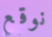
نوقع